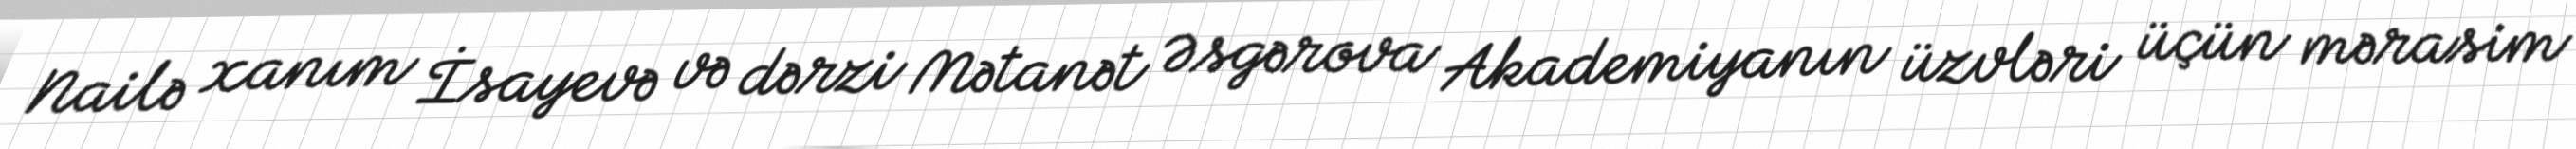
Nailə xanım İsayevə və dərzi Mətanət Əsgərova Akademiyanın üzvləri üçün mərasim